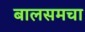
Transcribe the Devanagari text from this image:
बालसमचा